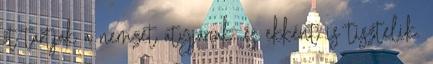
őt tartják a nemzet atyjának, és ekként is tisztelik.